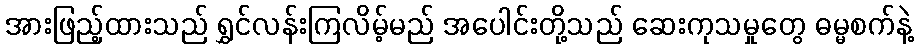
အားဖြည့်ထားသည် ရွှင်လန်းကြလိမ့်မည် အပေါင်းတို့သည် ဆေးကုသမှုတွေ ဓမ္မစက်နဲ့